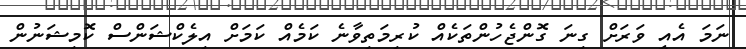
ނަމަ އެއީ ވަރަށް ގިނަ ގޮންޖެހުންތަކެއް ކުރިމަތިވާނެ ކަމެއް ކަމަށް އިލެކްޝަންސް ކޮމިޝަނުން